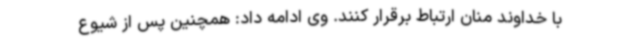
با خداوند منان ارتباط برقرار کنند. وی ادامه داد: همچنین پس از شیوع